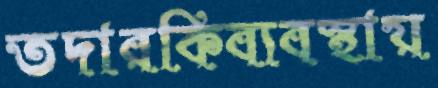
তদারকিব্যবস্থায়